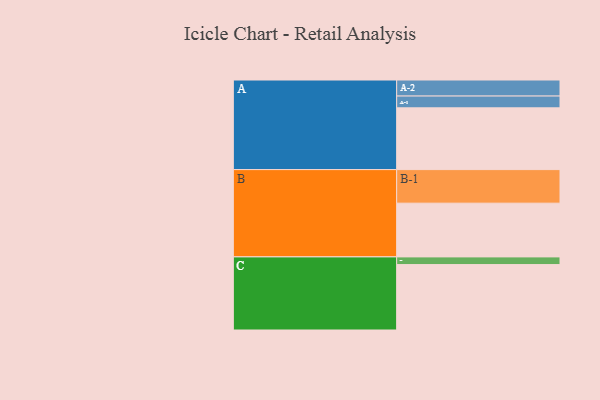
{"axis": {"x": "Segment", "y": "Value"}, "legend": ["", "A", "B", "C"], "data": [{"x": "A", "y": 539, "type": ""}, {"x": "B", "y": 469, "type": ""}, {"x": "C", "y": 571, "type": ""}, {"x": "A-1", "y": 103, "type": "A"}, {"x": "A-2", "y": 140, "type": "A"}, {"x": "B-1", "y": 293, "type": "B"}, {"x": "C-1", "y": 67, "type": "C"}]}